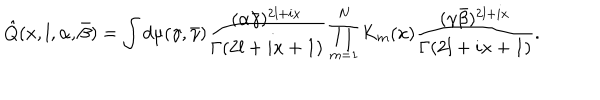
\hat { Q } ( x , l , \alpha , \bar { \beta } ) = \int d \mu ( \gamma , \bar { \gamma } ) \frac { ( \alpha \bar { \gamma } ) ^ { 2 l + i x } } { \Gamma ( 2 l + i x + 1 ) } \prod _ { m = 1 } ^ { N } K _ { m } ( x ) \frac { ( \gamma \bar { \beta } ) ^ { 2 l + i x } } { \Gamma ( 2 l + i x + 1 ) } .